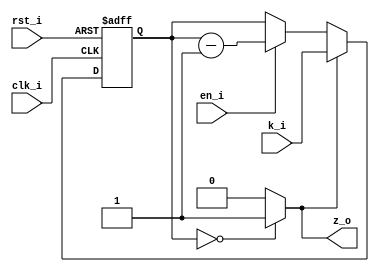
// Name: timer.v
//
// Description: 

module timer #(
  parameter Width = 29
) (
  input             rst_i,
  input             clk_i,
  input             en_i,
  input [Width-1:0] k_i,
  output            z_o
);

  wire [Width-1:0] mux1;
  wire [Width-1:0] mux2_d;
  wire comp;
  reg [Width-1:0] reg_q;

  assign mux1 = (en_i) ? reg_q - 1 : reg_q;
  assign mux2_d = (comp) ? k_i : mux1;
  assign comp = ( reg_q == {Width{1'b0}} ) ? 1'b1 : 1'b0;

  always @(posedge clk_i, posedge rst_i) begin
    if (rst_i)
      reg_q <= 0;
    else
      reg_q <= mux2_d;
  end

  assign z_o = comp; 

endmodule